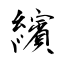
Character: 繽